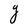
Character: Y